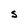
Character: S